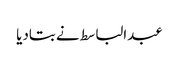
عبدالباسط نے بتادیا